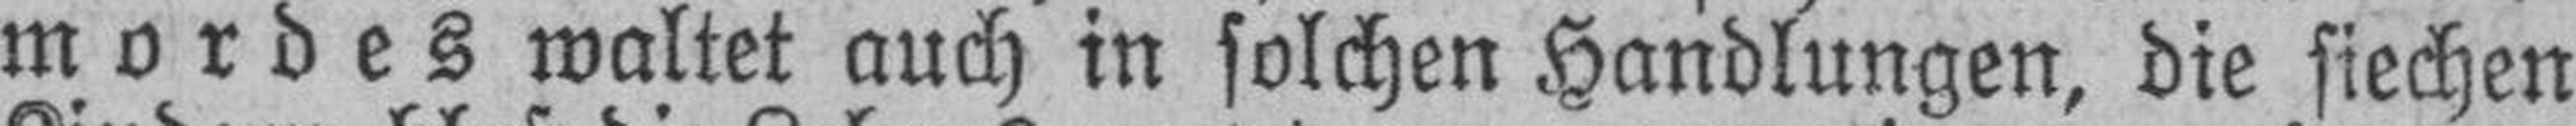
mordes waltet auch in solchen Handlungen, die siechen